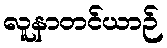
လူနာတင်ယာဉ်